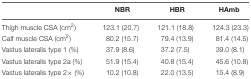
<table><thead><tr><td></td><td><b>NBR</b></td><td><b>HBR</b></td><td><b>HAmb</b></td></tr></thead><tbody><tr><td>Thigh muscle CSA (cm<sup>2</sup>)</td><td>123.1 (20.7)</td><td>121.1 (18.8)</td><td>124.3 (23.3)</td></tr><tr><td>Calf muscle CSA (cm<sup>2</sup>)</td><td>80.2 (15.7)</td><td>79.4 (13.9)</td><td>81.4 (14.5)</td></tr><tr><td>Vastus lateralis type 1 (%)</td><td>37.9 (8.6)</td><td>37.2 (7.5)</td><td>39.0 (8.1)</td></tr><tr><td>Vastus lateralis type 2a (%)</td><td>51.9 (15.4)</td><td>40.8 (15.4)</td><td>45.6 (10.8)</td></tr><tr><td>Vastus lateralis type 2× (%)</td><td>10.2 (10.8)</td><td>22.0 (13.5)</td><td>15.4 (8.9)</td></tr></tbody></table>